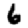
Digit: 6